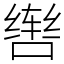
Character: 辔